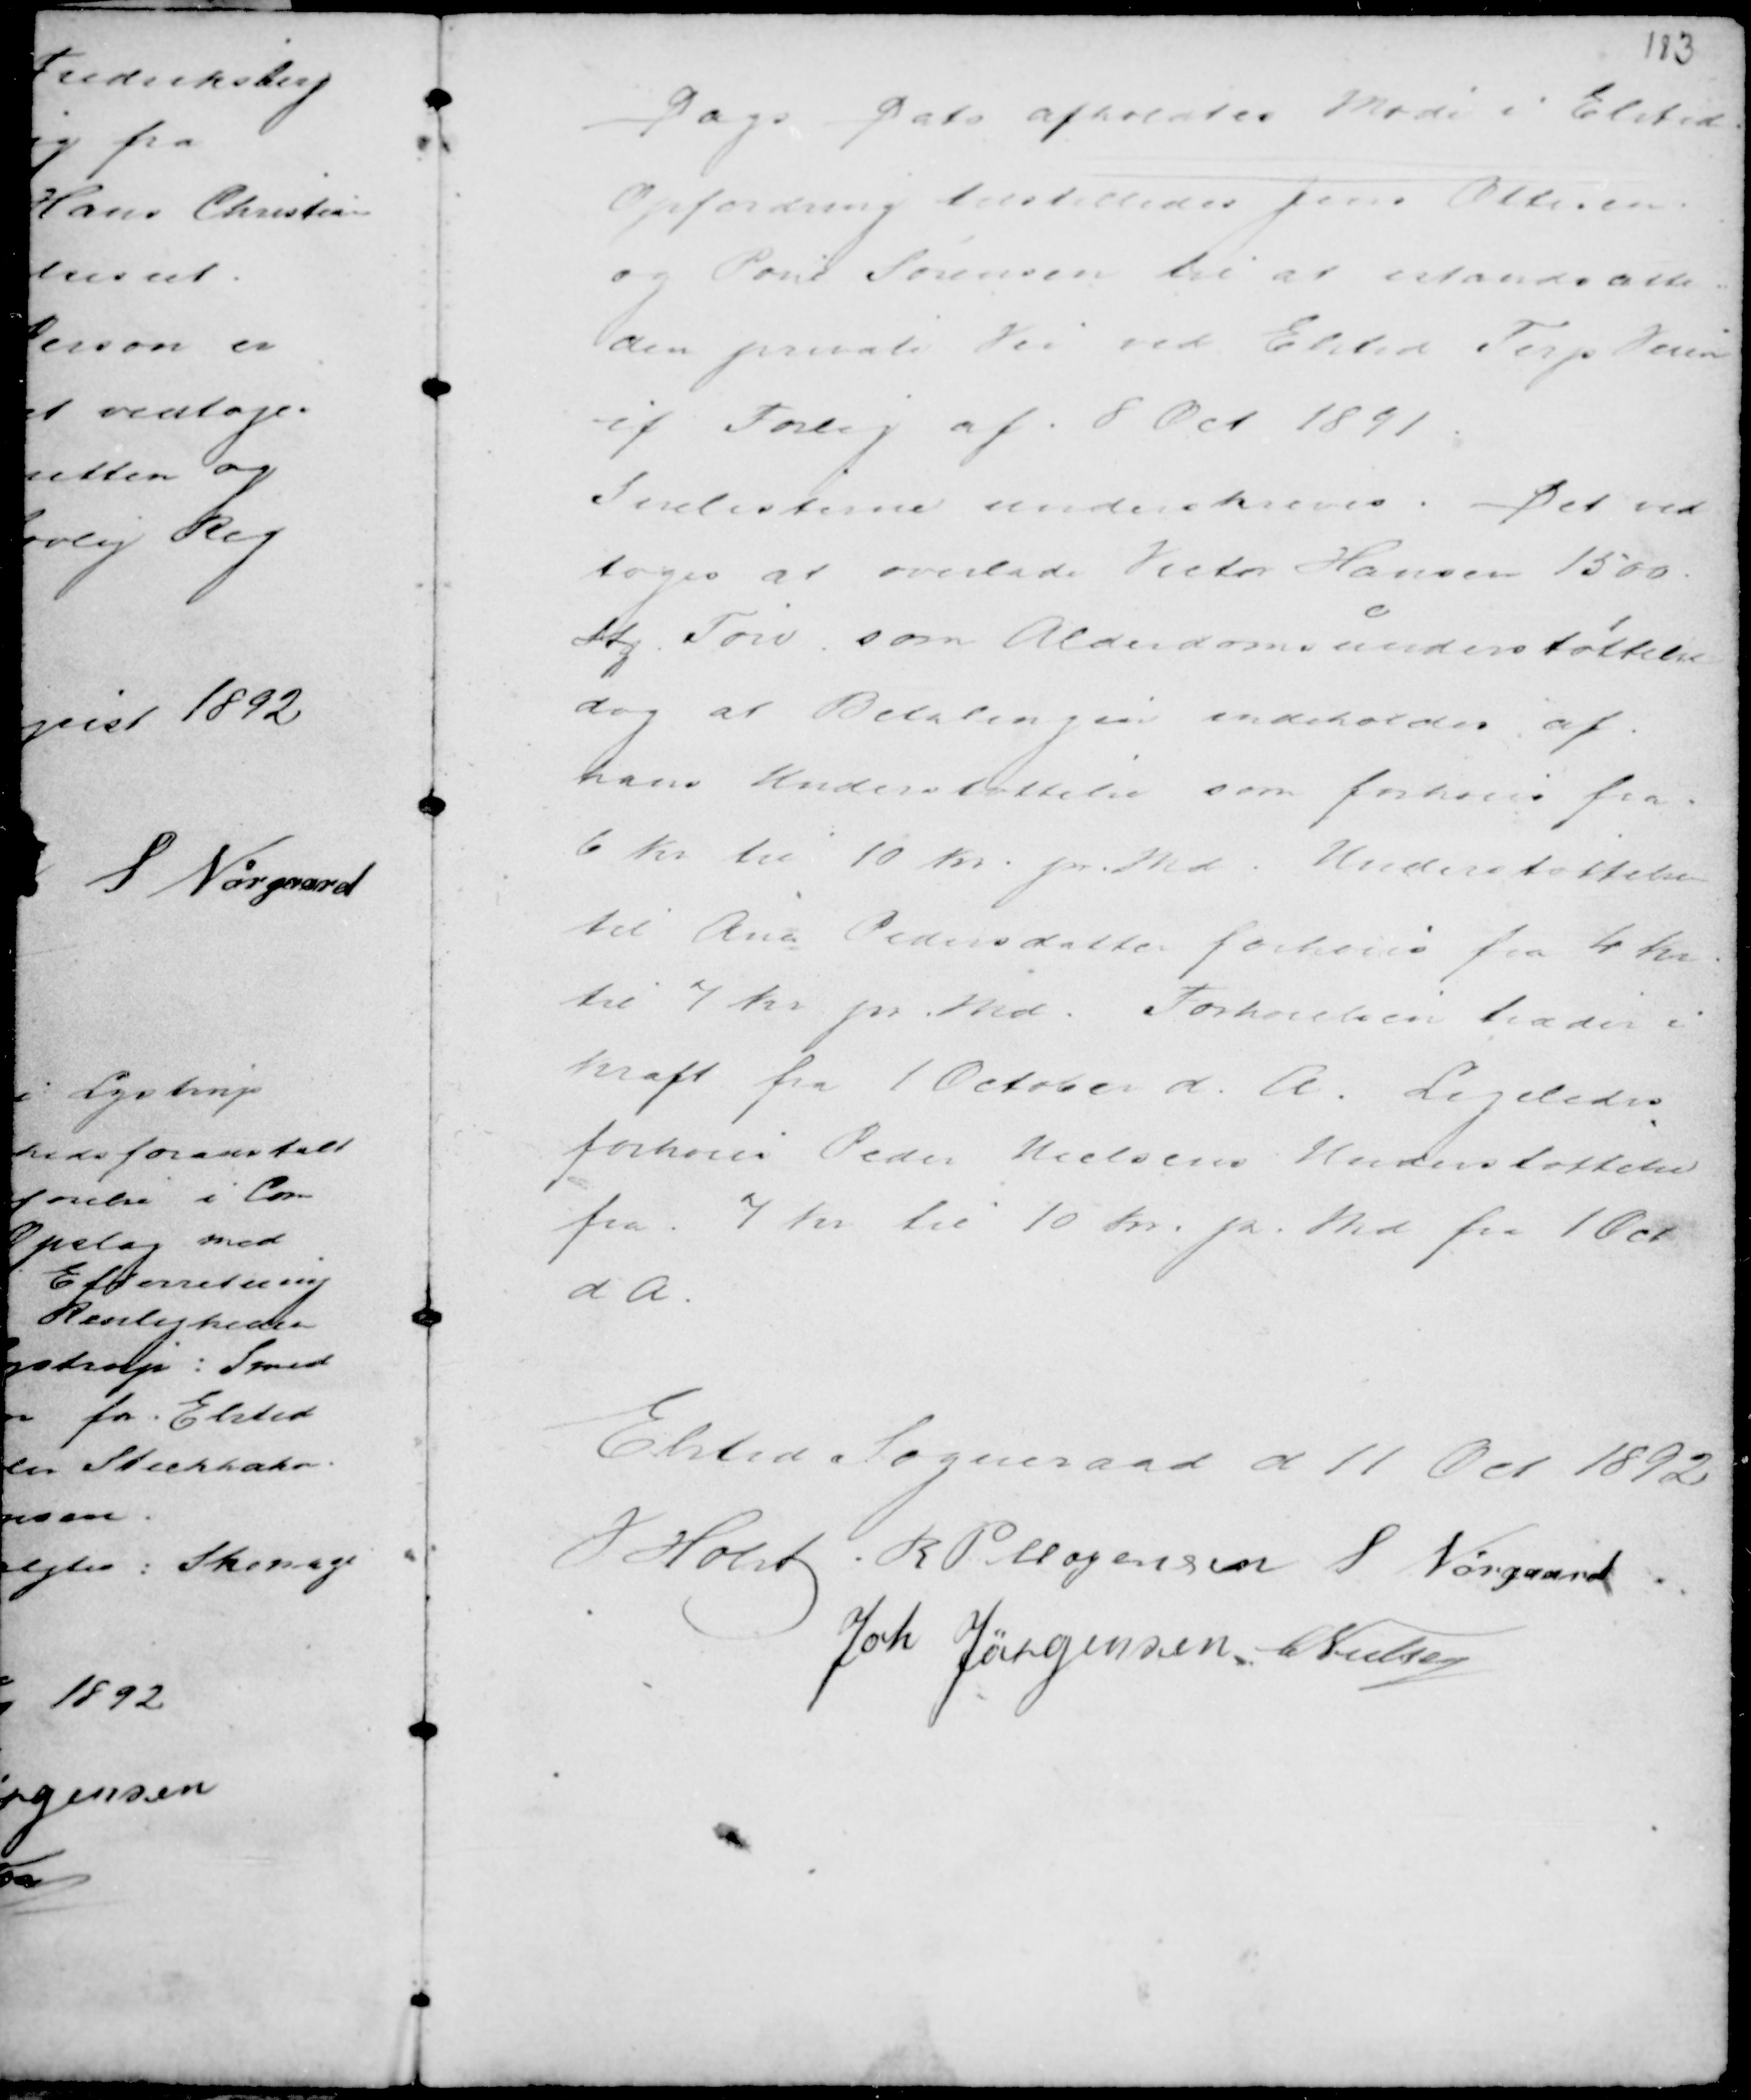
Transskription:
Dags Dato afholdtes Møde i Elsted.
Opfordring tilstilledes Jens Ottesen
og Poul Sørensen til at istandsætte
den private Vei ved Elsted Terp Veien
if. Forlig af 8 Oct 1891.
Snelisterne underskrevedes. Det ved
toges at overlade Victor Hansen 1500
Stg Tørv som Alderdomsunderstøttelse
dog at Betalingen indeholdes af
hans Understøttelse som forhoeis fra
6 Kr til 10 Kr pr Md. Understøttelse
til Ana Pedersdatter forhoeis fra 4 Kr
til 7 Kr pr Md. Forhoeielsen træder i
kraft fra 1 October d. A.. Ligeledes
forhoeis Peder Nielsens Understøttelse
fra 7 Kr til 10 Kr pr Md fra 1 Oct
d.A.

Elsted Sogneraad d 11 Oct 1892
M Holst R P Mogensen S Nørgaard
Joh Jørgensen C Nielsen